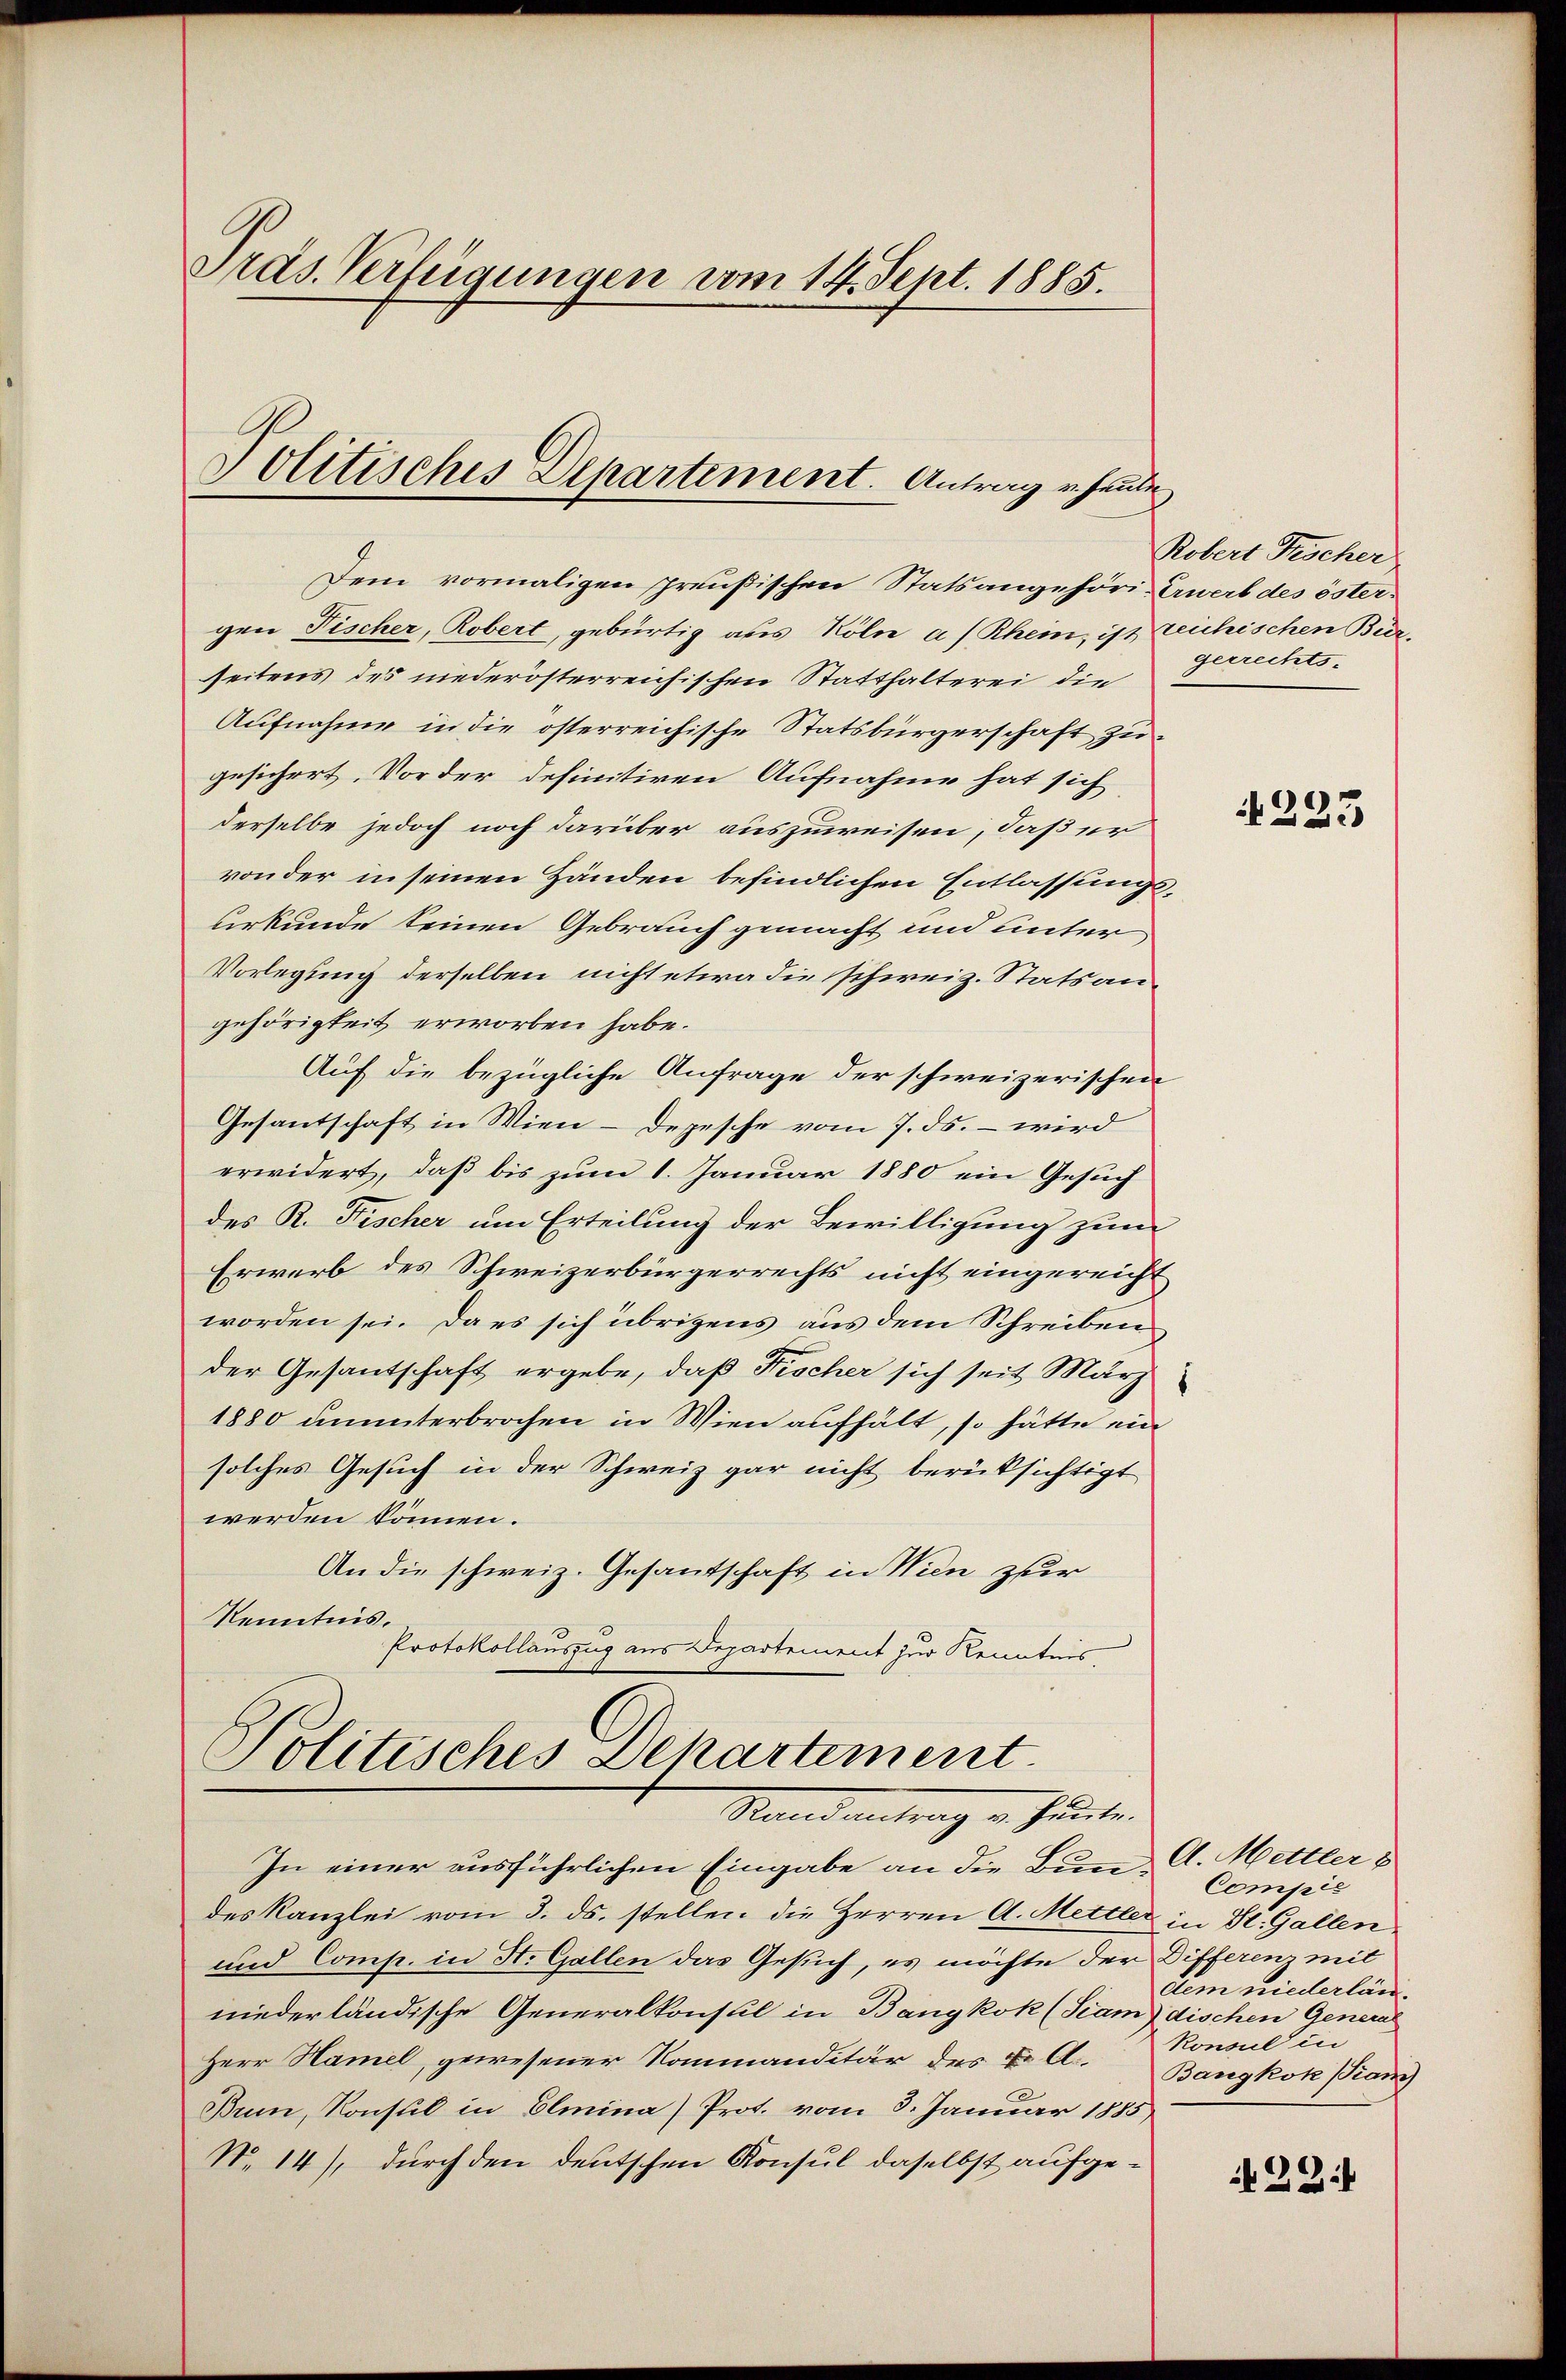
Präs. Verfügungen vom 14. Sept. 1885.

Politisches Departement. Antrag u. heute

Dem vormaligen preußischen Statsangehöri-Erwerb des östergen Fischer, Robert, gebürtig aus Köln a/Rhein, ist reichischen Bürseitens des niederösterreichischen Statthalterei die
Aufnahme in die österreichische Statsbürgerschaft zugesichert. Vor der definitiven Aufnahme hat sich
derselbe jedoch noch darüber auszuweisen, daß er
von der in seinen Händen befindlichen Entlassungsurkunde keinen Gebrauch gemacht und unter
Vorlegung derselben nicht etwa die schweiz. Stats angehörigkeit erworben habe.
Auf die bezügliche Anfrage der schweizerischen
Gesandschaft in Wien - Depesche vom 7. ds. – wird
erwidert, daß bis zum 1. Januar 1880 ein Gesuch
des R. Fischer um Erteilung der Bewilligung zum
Erwerb des Schweizerbürgerrechts nicht eingereicht
worden sei. Da es sich übrigens aus dem Schreiben
der Gesantschaft ergebe, daß Fischer sich seit März
1880 ununterbrochen in Wien aufhält, so hätte ein
solches Gesuch in der Schweiz gar nicht berüksichtigt
werden können.
An die schweiz. Gesantschaft in Wien zur
Kenntnis.
Protokollauszug aus Departement zur Kenntnis,

Politisches Departement.
Stand antrag u. heute.

In einer ausführlichen Eingabe an die Bundes Kanzlei vom 3. ds. stellen die Herren A. Mettler in St. Gallen
und Comp. in H. Gallen das Gesuch, es möchte der Differenz mit
niederländische Generalkonsul in Bangkok (Siam dischen Gener
Herr Hamel, gewesener Kommanditär des u. A. Bangkok (Kan
Brn, Konsul in Elmina) Prot. vom 3. Januar 1885
No. 14), durch den deutschen Konsul daselbst aufge¬

Robert Frischer
gerrechts-

223

A. Mettler 8
Compić
dem niederlän¬
Konsul in

22